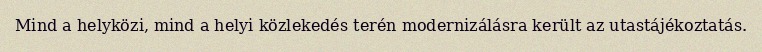
Mind a helyközi, mind a helyi közlekedés terén modernizálásra került az utastájékoztatás.